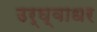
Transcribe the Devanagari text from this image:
उर्घ्वाधर